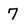
Character: 7